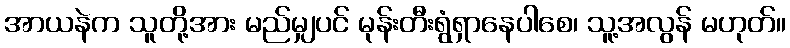
အာယနဲက သူတို့အား မည်မျှပင် မုန်းတီးရွံရှာနေပါစေ၊ သူ့အလွန် မဟုတ်။